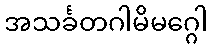
အသင်္ခတဂါမိမဂ္ဂေါ